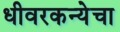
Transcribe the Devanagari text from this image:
धीवरकन्येचा